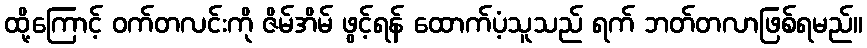
ထို့ကြောင့် ဝက်တလင်းကို ဇိမ်အိမ် ဖွင့်ရန် ထောက်ပံ့သူသည် ရက် ဘတ်တလာဖြစ်ရမည်။